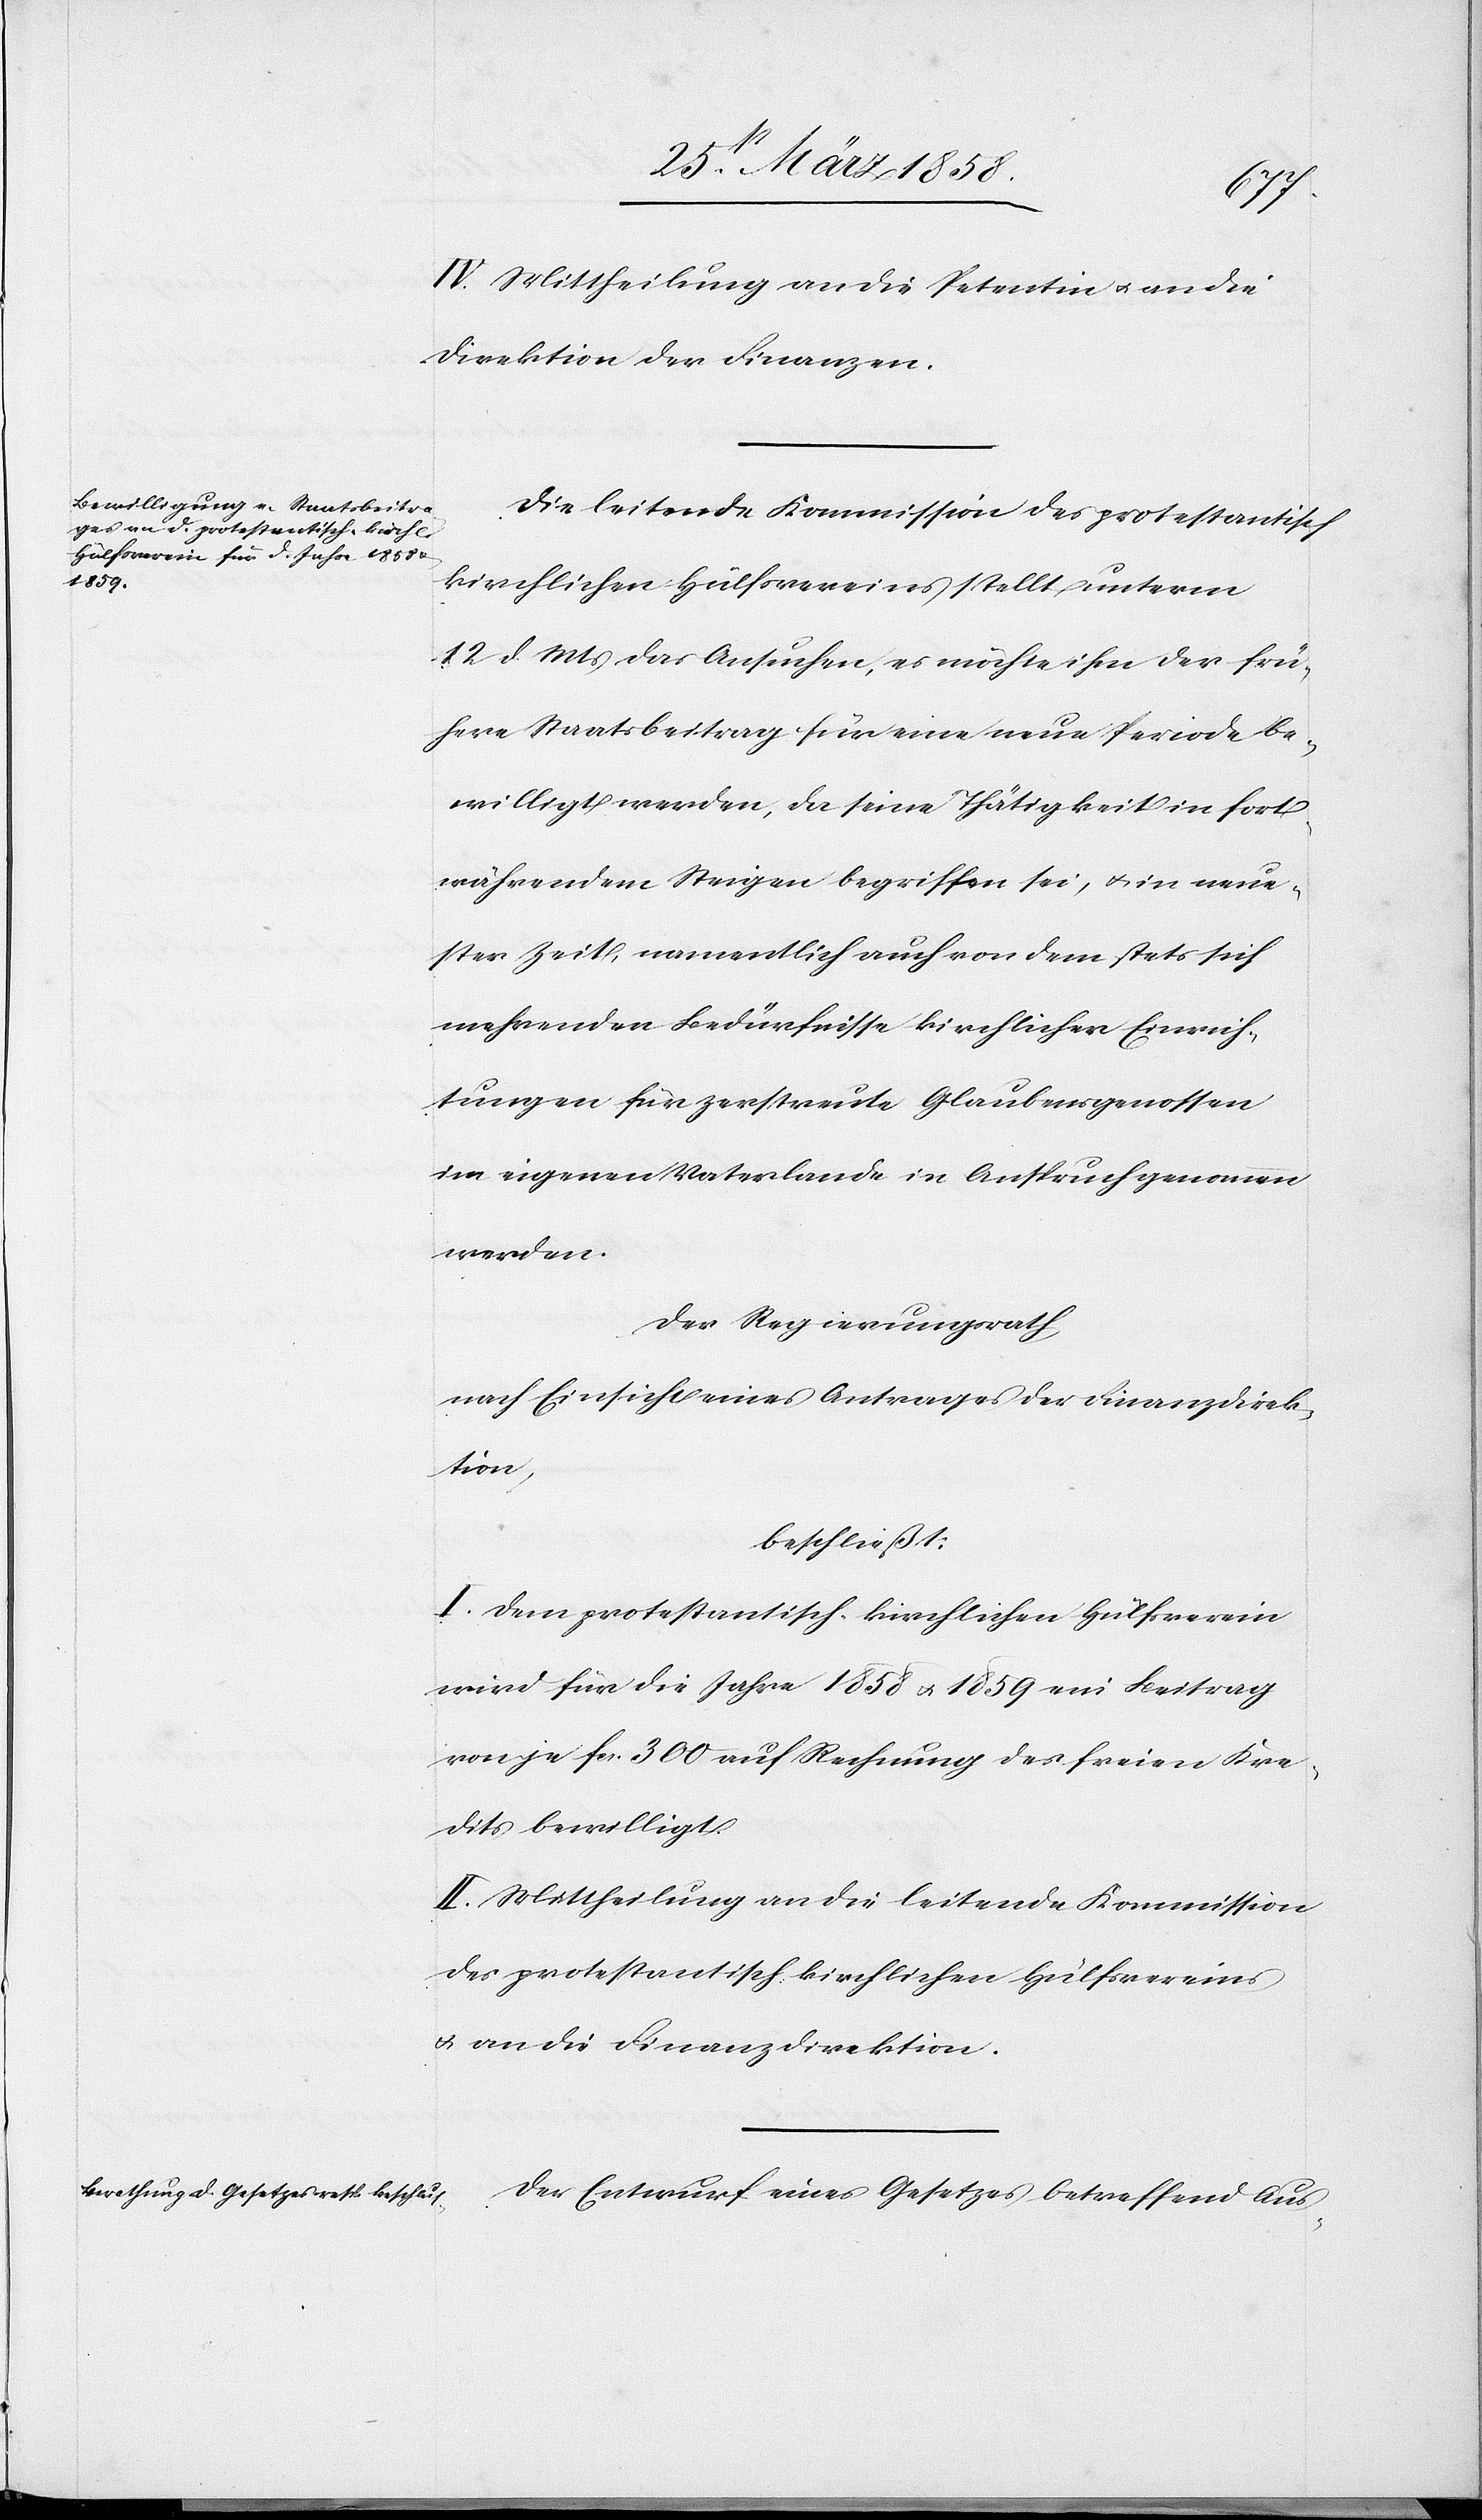
IV. Mittheilung an die Petentin u. an die
Direktion der Finanzen.
Die leitende Kommission des protestantisch
kirchlichen Hülfsvereins stellt unterm
12. d. Mts. das Ansuchen, es möchte ihm der frü¬
here Staatsbeitrag für eine neue Periode be¬
willigt werden, da seine Thätigkeit in fort¬
währendem Steigen begriffen sei, u. in neue¬
ster Zeit, namentlich auch von dem stets sich
mehrenden Bedürfnisse kirchlicher Einrich¬
tungen für zerstreute Glaubensgenossen
im eigenen Vaterlande in Anspruch genommen
werden.
Der Regierungsrath
nach Einsicht eines Antrages der Finanzdirek¬
tion,
beschließt:
I. Dem protestantisch kirchlichen Hülfsverein
wird für die Jahre 1858 u. 1859 ein Beitrag
von je fcs. 300 auf Rechnung des freien Kre¬
dites bewilligt.
II. Mittheilung an die leitende Kommission
des protestantisch kirchlichen Hülfsvereins
u. an die Finanzdirektion.
Der Entwurf eines Gesetzes betreffend Aus-